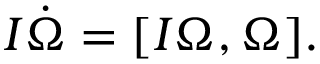
\begin{array} { r } { I \dot { \boldsymbol \Omega } = [ I { \boldsymbol \Omega } , { \boldsymbol \Omega } ] . } \end{array}